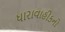
ધારાવાહીકનો